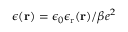
\epsilon ( \mathbf { r } ) = \epsilon _ { 0 } \epsilon _ { \mathrm { r } } ( \mathbf { r } ) / \beta e ^ { 2 }